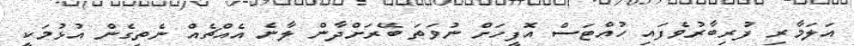
އަލަމާރި ފުރިބާރުވެފައި ހުއްޓަސް އޮފީހަށް ނުވަތަ ބޭރަށްދާން ލާނެ އެއްޗެއް ނެތިގެން އުޅުމަކީ